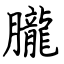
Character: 朧